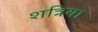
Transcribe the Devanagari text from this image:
शत्रिया